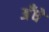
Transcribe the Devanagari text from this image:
अँधे